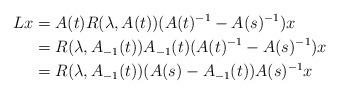
LaTeX: \begin{align*}Lx & = A(t) R(\lambda, A(t)) (A(t)^{-1} - A(s)^{-1})x \\& = R(\lambda, A_{-1}(t)) A_{-1}(t) (A(t)^{-1} - A(s)^{-1})x \\& = R(\lambda, A_{-1}(t)) (A(s) - A_{-1}(t)) A(s)^{-1}x\end{align*}